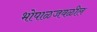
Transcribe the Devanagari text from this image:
भोपाळजवळील